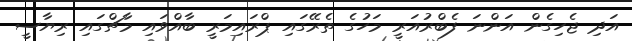
އަދި ޖެހިގެން އަންނަ ފެބްރުއަރީ މަހުގެ ތެރޭގައި ޕްރައިމަރީ ބާއްވައި މާޗްގައި ރިޔާސީ